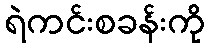
ရဲကင်းစခန်းကို